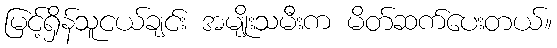
မြင့်ရှိန်သူငယ်ချင်း အမျိုးသမီးက မိတ်ဆက်ပေးတယ်။